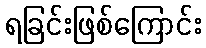
ရခြင်းဖြစ်ကြောင်း